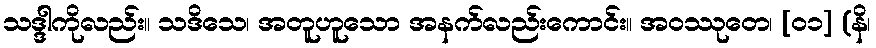
သဒ္ဒါကိုလည်း။ သဒိသေ၊ အတူဟူသော အနက်လည်းကောင်း။ အဝဿုတေ၊ [၀၁] (နိ၊